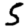
Digit: 5